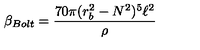
\beta _ { B o l t } = \frac { 7 0 \pi ( r _ { b } ^ { 2 } - N ^ { 2 } ) ^ { 5 } \ell ^ { 2 } } { \rho }